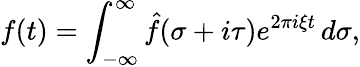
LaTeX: f(t)=\int_{-\infty}^{\infty}{\hat{f}}(\sigma+i\tau)e^{2\pi i\xi t}\, d\sigma,